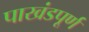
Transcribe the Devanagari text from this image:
पाखंडपूर्ण